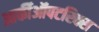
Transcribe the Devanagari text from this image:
आर्कीऑपटरिक्स